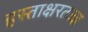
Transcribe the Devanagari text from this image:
हस्ताक्षरतज्ज्ञ